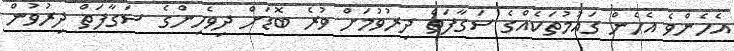
އެހެންވެ އެހެން ގައުމުތަކެއްގެ ސަގާފަތް ދިރުވުމަށް ވުރެ ބޮޑަށް ދިވެހިންގެ ސަގާފަތް ދިރުވުން